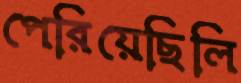
পেরিয়েছিলি